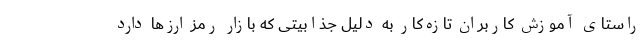
راستای آموزش کاربران تازه‌کار به دلیل جذابیتی که بازار رمز ارزها دارد